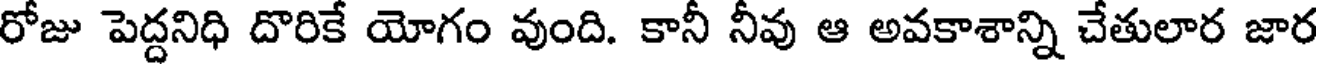
రోజు పెద్దనిధి దొరికే యోగం వుంది. కానీ నీవు ఆ అవకాశాన్ని చేతులార జార